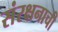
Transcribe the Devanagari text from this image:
संरक्षनाची